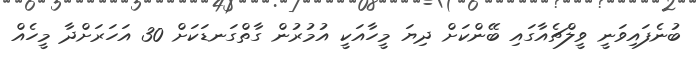
ބުނެފައިވަނީ ވީލްޗެއާގައި ބޭންކަށް ދިޔަ މީހާއަކީ އުމުރުން ގާތްގަނޑަކަށް 30 އަހަރަށްދާ މީހެއް